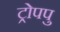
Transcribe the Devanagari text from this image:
ट्रोपपु